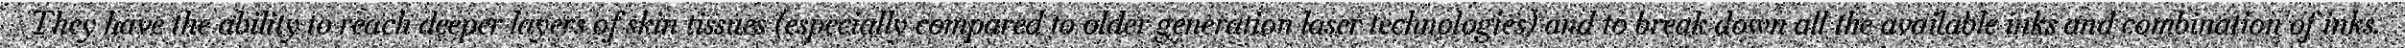
They have the ability to reach deeper layers of skin tissues (especially compared to older generation laser technologies) and to break down all the available inks and combination of inks.